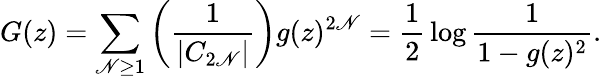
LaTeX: G(z)=\sum_{\mathscr{N}\geq1}\left({\frac{{1}}{{|C_{2\mathscr{N}}|}}}\right)g(z)^{2\mathscr{N}}={\frac{{1}}{{2}}}\log{\frac{{1}}{{1-g(z)^{2}}}}.